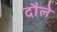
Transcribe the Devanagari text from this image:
दौले